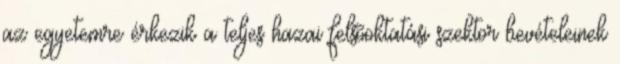
az egyetemre érkezik a teljes hazai felsõoktatási szektor bevételeinek